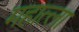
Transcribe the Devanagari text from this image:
महात्ला